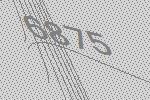
6875